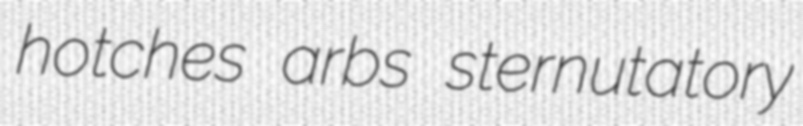
hotches arbs sternutatory